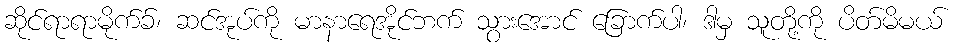
ဆိုင်ရာရာမိုက်ခ်၊ ဆင်အုပ်ကို မာနာရေအိုင်ဘက် သွားအောင် ခြောက်ပါ၊ ဒါမှ သူတို့ကို ပိတ်မိမယ်